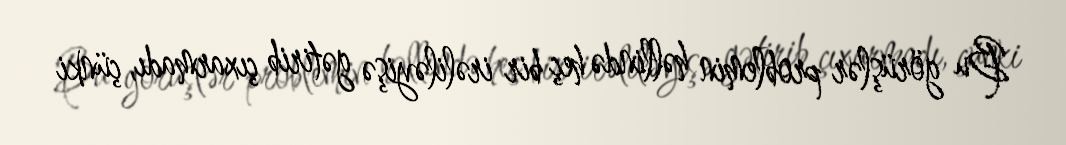
Bu görüşlər problemin həllində heç bir irəliləyişə gətirib çıxarmadı, çünki